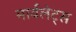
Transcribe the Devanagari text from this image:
मार्वलेट्स